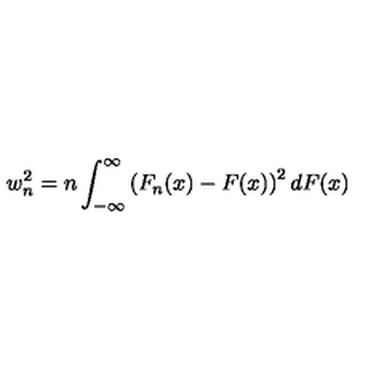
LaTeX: w _ { n } ^ { 2 } = n \int _ { - \infty } ^ { \infty } \left( F _ { n } ( x ) - F ( x ) \right) ^ { 2 } d F ( x )